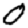
Digit: 0